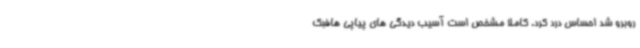
روبرو شد احساس درد کرد. کاملا مشخص است آسیب دیدگی های پیاپی هافبک